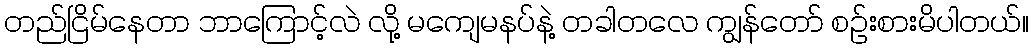
တည်ငြိမ်နေတာ ဘာကြောင့်လဲ လို့ မကျေမနပ်နဲ့ တခါတလေ ကျွန်တော် စဉ်းစားမိပါတယ်။